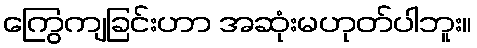
ကြွေကျခြင်းဟာ အဆုံးမဟုတ်ပါဘူး။